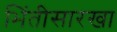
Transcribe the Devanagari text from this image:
भिंतीसारखा